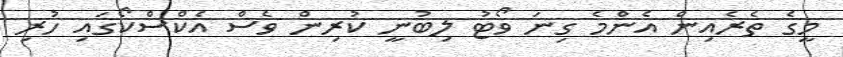
މީގެ ތެރެއިން އެންމެ ގިނަ ވޯޓު ލިބުނީ ކުރިން ވެސް އެކްސްކޯގައި ހުރި